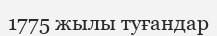
1775 жылы туғандар